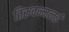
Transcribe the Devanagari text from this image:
तिरुवन्मलई